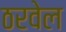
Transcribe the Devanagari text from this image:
ठरवेल